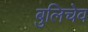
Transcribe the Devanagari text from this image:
बुलिचेव